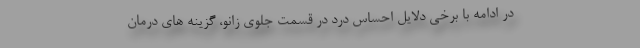
در ادامه با برخی دلایل احساس درد در قسمت جلوی زانو، گزینه های درمان